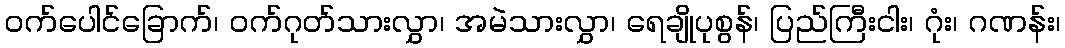
ဝက်ပေါင်ခြောက်၊ ဝက်ဂုတ်သားလွှာ၊ အမဲသားလွှာ၊ ရေချိုပုစွန်၊ ပြည်ကြီးငါး၊ ဂုံး၊ ဂဏန်း၊